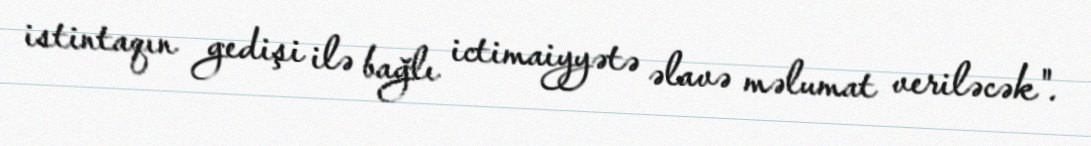
istintaqın gedişi ilə bağlı ictimaiyyətə əlavə məlumat veriləcək".